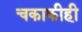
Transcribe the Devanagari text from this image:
चकाकीही